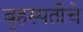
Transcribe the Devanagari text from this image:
बृहस्पतीचे